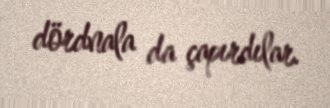
dördnala da çapırdılar.